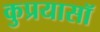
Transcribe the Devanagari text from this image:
कुप्रयासॉ